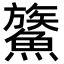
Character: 𩺯